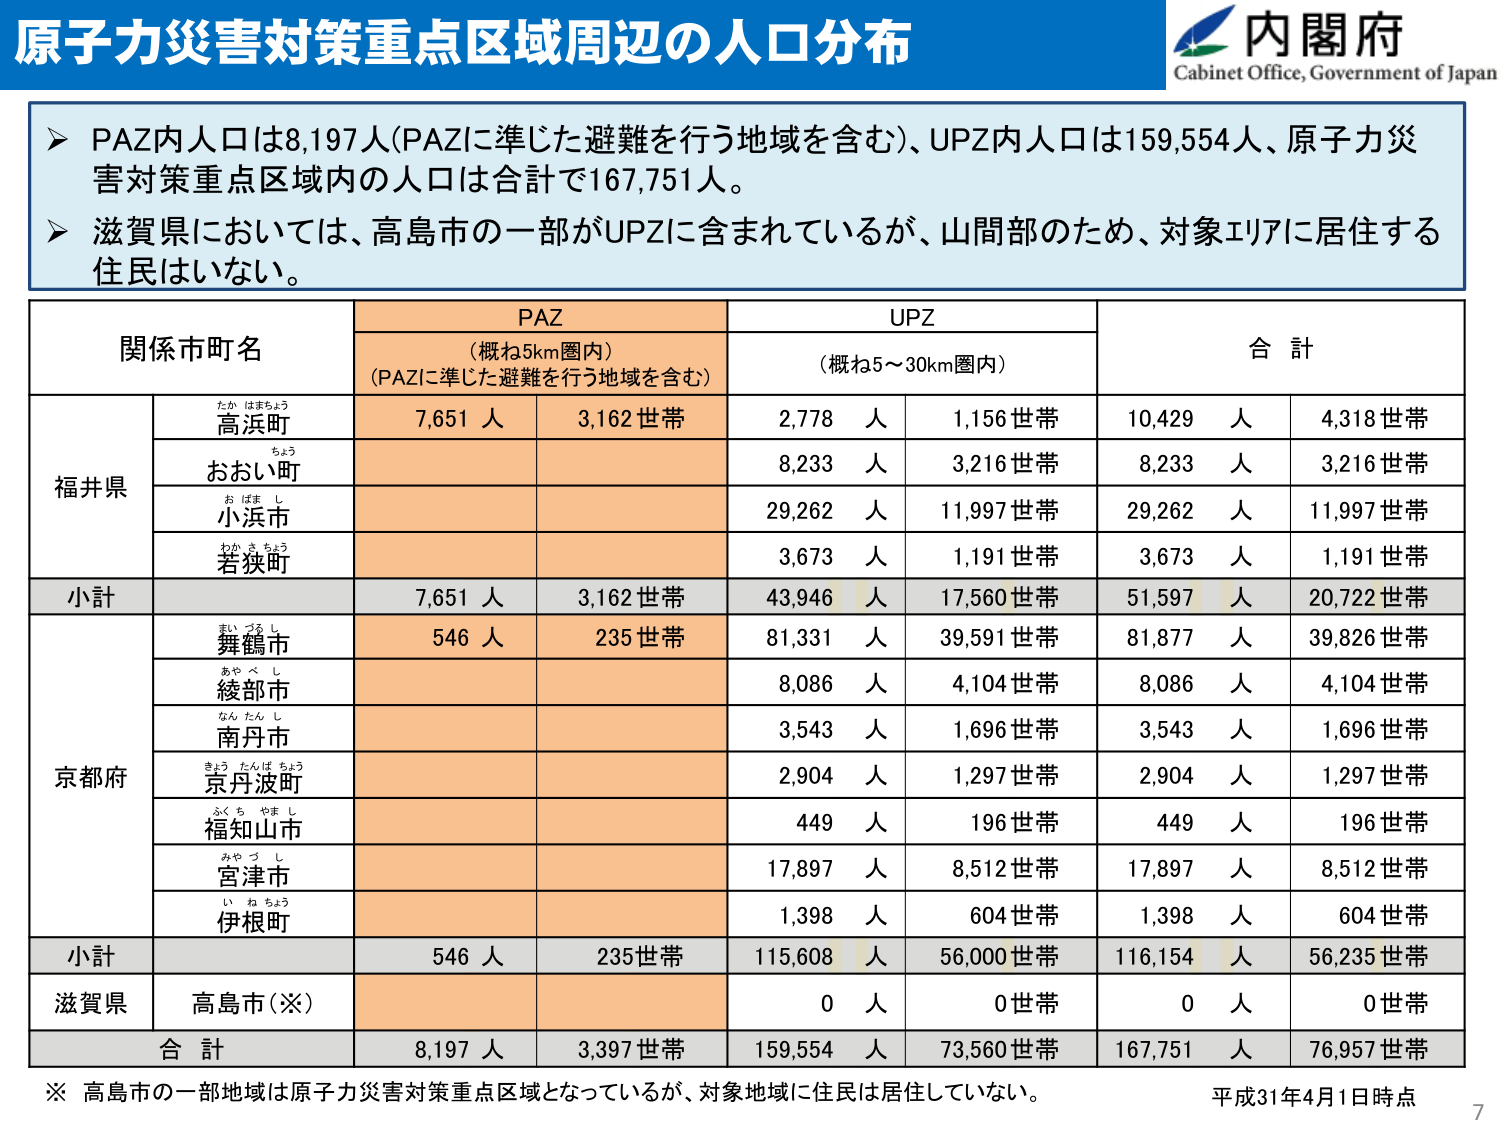
原子力災害対策重点区域周辺の人口分布
内閣府
Cabinet Office, Government of Japan

➤ PAZ内人口は8,197人(PAZに準じた避難を行う地域を含む)、UPZ内人口は159,554人、原子力災害対策重点区域内の人口は合計で167,751人。
➤ 滋賀県においては、高島市の一部がUPZに含まれているが、山間部のため、対象エリアに居住する住民はいない。

関係市町名　　PAZ　　UPZ　　合計
　　　　　　　（概ね5km圏内）　　（概ね5～30km圏内）
　　　　　　　(PAZに準じた避難を行う地域を含む)

福井県
　高浜町　　7,651 人　　3,162 世帯　　2,778 人　　1,156 世帯　　10,429 人　　4,318 世帯
　おおい町　　　　　　　　　　　　　　8,233 人　　3,216 世帯　　8,233 人　　3,216 世帯
　小浜市　　　　　　　　　　　　　　29,262 人　　11,997 世帯　　29,262 人　　11,997 世帯
　若狭町　　　　　　　　　　　　　　3,673 人　　1,191 世帯　　3,673 人　　1,191 世帯
小計　　7,651 人　　3,162 世帯　　43,946 人　　17,560 世帯　　51,597 人　　20,722 世帯

京都府
　舞鶴市　　546 人　　235 世帯　　81,331 人　　39,591 世帯　　81,877 人　　39,826 世帯
　綾部市　　　　　　　　　　　　　　8,086 人　　4,104 世帯　　8,086 人　　4,104 世帯
　南丹市　　　　　　　　　　　　　　3,543 人　　1,696 世帯　　3,543 人　　1,696 世帯
　京丹波町　　　　　　　　　　　　　2,904 人　　1,297 世帯　　2,904 人　　1,297 世帯
　福知山市　　　　　　　　　　　　　449 人　　196 世帯　　449 人　　196 世帯
　宮津市　　　　　　　　　　　　　　17,897 人　　8,512 世帯　　17,897 人　　8,512 世帯
　伊根町　　　　　　　　　　　　　　1,398 人　　604 世帯　　1,398 人　　604 世帯
小計　　546 人　　235 世帯　　115,608 人　　56,000 世帯　　116,154 人　　56,235 世帯

滋賀県
　高島市（※）　　　　　　　　　　　　0 人　　0 世帯　　0 人　　0 世帯

合計　　8,197 人　　3,397 世帯　　159,554 人　　73,560 世帯　　167,751 人　　76,957 世帯

※ 高島市の一部地域は原子力災害対策重点区域となっているが、対象地域に住民は居住していない。
平成31年4月1日時点
7